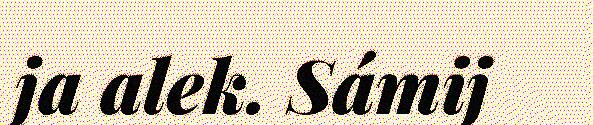
ja alek. Sámij